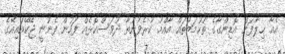
އެއާ ޚިލާފަށް އޮޑިންގާގެ ތުހުމަތުތައް އާއްމު ކުރެވުނުތާ ދުވަސްކޮޅެއް ފަހުން ފެނުނީ ޖޭކޭއައިއޭގެ